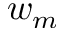
w _ { m }